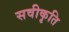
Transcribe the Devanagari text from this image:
सवीकृति